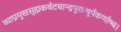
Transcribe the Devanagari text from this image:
व्याघ्रमुखसुह्मकर्वटचान्द्रपुराःषूर्पकर्णाष्च।